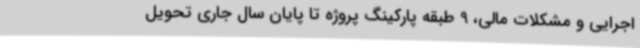
اجرایی و مشکلات مالی، 9 طبقه پارکینگ پروژه تا پایان سال جاری تحویل